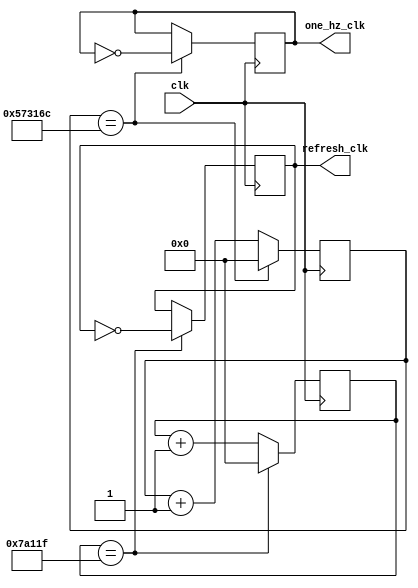
`timescale 1ns / 1ps
//////////////////////////////////////////////////////////////////////////////////
// Company: 
// Engineer: 
// 
// Design Name: 
// Module Name: clock_dividers
// Project Name: 
// Target Devices: 
// Tool Versions: 
// Description: 
// 
// Dependencies: 
// 
// Revision:
// Revision 0.01 - File Created
// Additional Comments:
// 
//////////////////////////////////////////////////////////////////////////////////


module clock_dividers(
    input wire clk,
    output wire one_hz_clk,
    output wire refresh_clk
);
    reg reset = 0;
    reg one_hz_clk_reg;
    reg refresh_clk_reg;  
    reg [31:0] one_hz_counter;
    reg [31:0] refresh_counter;
    // 1 HZ Clock Divider  
    always @ (posedge(clk))
    begin
    if(reset == 1'b1)
        begin
            one_hz_counter <= 32'b0;
            one_hz_clk_reg <= 1'b0;
        end
        else if(one_hz_counter == 5714285 - 1)
        begin
            one_hz_counter <= 32'b0;
            one_hz_clk_reg <= ~one_hz_clk;
        end
        else
        begin
            one_hz_counter <= one_hz_counter + 32'b1;
            one_hz_clk_reg <= one_hz_clk;
        end    
    end    

    // Refresh Rate Clock Is 100 Hz
    always @ (posedge(clk))
    begin
        if(reset == 1'b1)
        begin
            refresh_counter <= 32'b0;
            refresh_clk_reg <= 1'b0;
        end
      else if(refresh_counter == 500000 - 1)
        begin
            refresh_counter <= 32'b0;
            refresh_clk_reg <= ~refresh_clk;
        end
        else
        begin
            refresh_counter <= refresh_counter + 32'b1;
            refresh_clk_reg <= refresh_clk;
        end    
    end    
 
    assign one_hz_clk = one_hz_clk_reg;
    assign refresh_clk = refresh_clk_reg;
   
endmodule